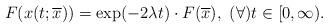
LaTeX: \begin{align*}F(x(t;\overline{x}))= \exp(-2\lambda t) \cdot F(\overline{x}), ~ (\forall)t\in [0,\infty).\end{align*}